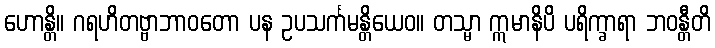
ဟောန္တိ။ ဂရဟိတဗ္ဗာဘာဝတော ပန ဥပသင်္ကမန္တိယေဝ။ တသ္မာ ဣမာနိပိ ပရိက္ခာရာ ဘဝန္တီတိ